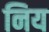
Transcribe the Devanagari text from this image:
निय